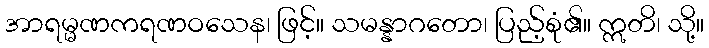
အာရမ္မဏကရဏဝသေန၊ ဖြင့်။ သမန္နာဂတော၊ ပြည့်စုံ၏။ ဣတိ၊ သို့။